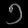
Digit: ၁